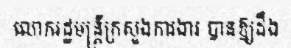
លោករដ្ឋមន្ត្រីក្រសួងការងារ បានឱ្យដឹង